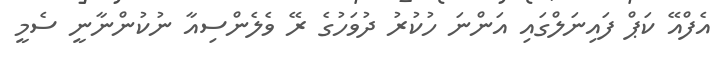
އެފްއޭ ކަޕް ފައިނަލްގައި އަންނަ ހުކުރު ދުވަހުގެ ރޭ ވެލެންސިއާ ނުކުންނާނީ ސެމީ